Medical and sanitary report of the native army of Madras for the year
Year: 1877
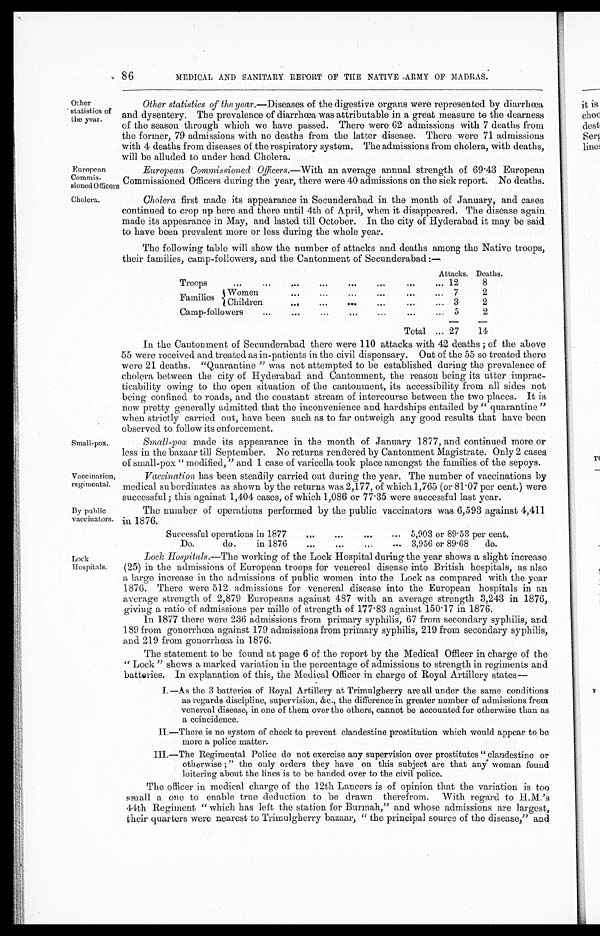
European
Commis-
sioned Officers
Cholera.
Vaccination,
regimental.
By public
vaccinators.
86
MEDICAL AND SANITARY. REPORT OF THE NATIVE ARMY OF MADRAS.
Other
statistics of
the year.
Other statistics of the year. —Diseases of the digestive organs were represented by diarrhœa,
and dysentery. The prevalence of diarrhœa was attributable in a great measure to the dearness
of the season through which we have passed. There were 62 admissions with 7 deaths from
the former, 79 admissions with no deaths from the latter disease. There were 71 admissions
with 4 deaths from diseases of the respiratory system. The admissions from cholera, with. deaths,
will be alluded to under head Cholera.
Small-pox.
European Commissioned Officers. —With an average annual strength of 69 .43 European
Commissioned Officers during the year, there were 40 admissions on the sick report. No deaths.
Cholera first made its appearance in Secunderabad in the month of January, and cases
continued to crop up here and there until 4th of April, when it disappeared. The disease again
made its appearance in May, and lasted till October. In the city of Hyderabad it may be said
to have been prevalent more or less during the whole year.
The following table will show the number of attacks and deaths among the Native troops,
their families. camp-followers. and the Cantonment of Secunderabad :—
Attacks. Deaths.
Troops
...
...
•••
...
...
... ...
... 12
8
Fami l i es Women
..
......
...
...
... 7
2
Children
. . . ...
...
...
. . .
...
3
2
Cam p -followers
...
...
. . .
...
5
2
Total ... 27
14
In the Cantonment of Secunderabad there were 110 attacks with 42 deaths ; of the above
55 were received and treated as in-patients in the civil dispensary. Out of the 55 so treated there
were 21 deaths. "Quarantine " was not attempted to be established during the prevalence of
cholera between the city of Hyderabad and Cantonment, the reason being its utter imprac-
ticability owing to the open situation of the cantonment, its accessibility from all sides not
being confined to roads, and the constant stream of intercourse between the two places. It is
now pretty generally admitted that the inconvenience and hardships entailed by " quarantine "
when strictly carried out, have been such as to far outweigh any good results that have been
observed to follow its enforcement.
Small-pox made its appearance in the month of January 1877, and continued more or
less in the bazaar till September. No returns rendered by Cantonment Magistrate. Only 2 cases
of small-pox " modified, " and 1 case of varicella took place amongst the families of the sepoys.
Vaccination has been steadily carried out during the year. The number of vaccinations by
medical subordinates as shown by the returns was 2,177, of which 1,765 (or 81 . 07 per cent.) were
successful ; this against 1,404 cases, of which 1,086 or 77 . 35 were successful last year.
The number of operations performed by the public vaccinators was 6,593 against 4,411
in 1876.
Successful operations in 1877
...
. . .
. . .
... 5,903 or 89 . 53 per cent.
D o . d o . i n 1 8 7 6
. . .
. . .
. . . ... 3,956 or 89 . 68
do.
Lock
Hospitals.
LocK Hospitals. —The working of the Lock Hospital during the year shows a slight increase
(25) in the admissions of European troops for venereal disease into British hospitals, as also
a large increase in the admissions of public women into the Lock as compared with the year
1876. There were 512 admissions for venereal disease into the European hospitals in an
average strength of 2,879 Europeans against 487 with an average strength 3,243 in 1876,
giving a ratio of admissions per mille of strength of 177 . 83 against 150 . 17 in 1876.
In 1877 there were 236 admissions from primary syphilis, 67 from secondary syphilis, and
189 from gonorrhœa against 179 admissions from primary syphilis, 219 from secondary syphilis,
and 219 from gonorrhœa in 1876.
The statement to be found at page 6 of the report by the Medical Officer in charge of the
" Lock " shows a marked variation in the percentage of admissions to strength in regiments and
batteries. In explanation of this, the Medical Officer in charge of Royal Artillery states
I. —As the 3 batteries of Royal Artillery at Trimulgherry are all under the same conditions
as regards discipline, supervision, &c., the difference in greater number of admissions from
venereal disease, in one of them over the others, cannot be accounted for otherwise than as
a coincidence.
II.—There is no system of check to prevent clandestine prostitution which would appear to be
more a police matter.
III.—The Regimental Police do not exercise any supervision over prostitutes " clandestine or
otherwise ; " the only orders they have on this subject are that any woman found
loitering about the lines is to be handed over to the civil police.
The officer in medical charge of the 12th Lancers is of opinion that the variation is too
small a one to enable true deduction to be drawn therefrom. With regard to
H.M.'s 44th Regiment " which has left the station for Burmah," and whose admissions are largest,
their quarters were nearest to Trimulgherry bazaar, " the principal source of the disease," and